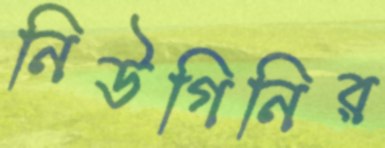
নিউগিনির